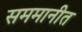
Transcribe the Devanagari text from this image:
सममानीत